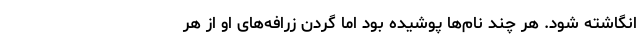
انگاشته شود. هر چند نام‌ها پوشیده بود اما گردن زرافه‌های او از هر